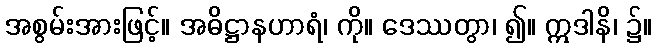
အစွမ်းအားဖြင့်။ အဓိဋ္ဌာနဟာရံ၊ ကို။ ဒေဿတွာ၊ ၍။ ဣဒါနိ၊ ၌။